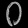
Digit: ၀